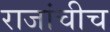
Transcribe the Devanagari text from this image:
राजांचीच